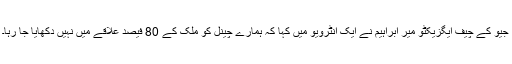
جیو کے چیف ایگزیکٹو میر ابراہیم نے ایک انٹرویو میں کہا کہ ہمارے چینل کو ملک کے 80 فیصد علاقے میں نہیں دکھایا جا رہا۔